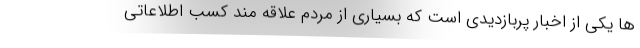
ها یکی از اخبار پربازدیدی است که بسیاری از مردم علاقه مند کسب اطلاعاتی